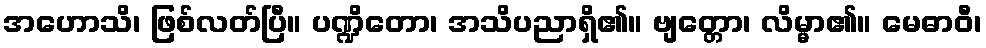
အဟောသိ၊ ဖြစ်လတ်ပြီ။ ပဏ္ဍိတော၊ အသိပညာရှိ၏။ ဗျတ္တော၊ လိမ္မာ၏။ မေဓာဝီ၊